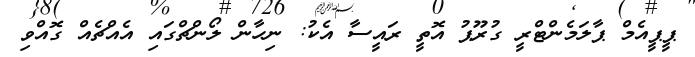
ޕީޕީއެމް ޕާލަމެންޓްރީ ގުރޫޕު އޮތީ ރައީސާ އެކު: ނިހާން ލޯންޗްގަައި އެއްޗެއް ގޮއްވި